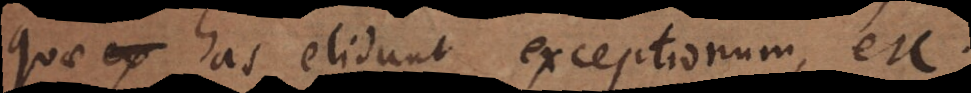
quae has elidunt exceptionum, et